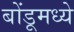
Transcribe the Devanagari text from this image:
बोंडूमध्ये